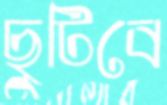
ছুটিবে